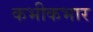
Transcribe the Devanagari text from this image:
कभीकभार